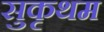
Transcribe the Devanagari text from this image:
सुकृथम